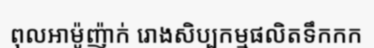
ពុលអាម៉ូញ៉ាក់ រោងសិប្បកម្មផលិតទឹកកក